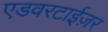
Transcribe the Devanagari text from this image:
एडवरटाईज़र